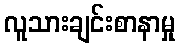
လူသားချင်းစာနာမှု